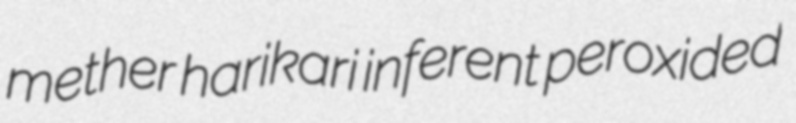
mether harikari inferent peroxided